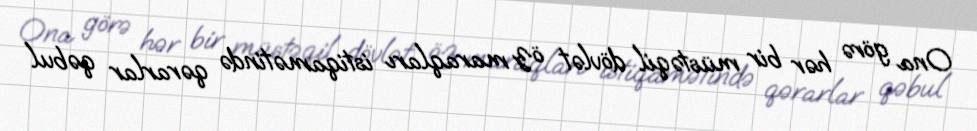
Ona görə hər bir müstəqil dövlət öz maraqları istiqamətində qərarlar qəbul